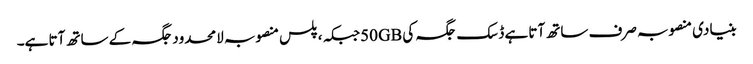
بنیادی منصوبہ صرف ساتھ آتا ہے ڈسک جگہ کی 50GBجبکہ ، پلس منصوبہ لامحدود جگہ کے ساتھ آتا ہے۔